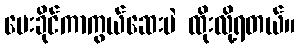
မေးခိုင်ကာကွယ်ဆေးပဲ ထိုးလို့ရတယ်။